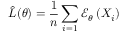
\hat { L } ( \theta ) = \frac { 1 } { n } \sum _ { i = 1 } \mathcal { E } _ { \theta } \left( X _ { i } \right)